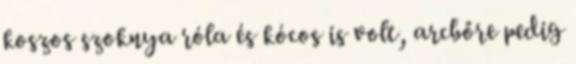
koszos szoknya róla és kócos is volt, arcbőre pedig